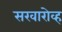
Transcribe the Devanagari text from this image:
सखारोव्ह